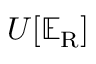
U [ \mathbb { E } _ { \mathrm { { R } } } ]